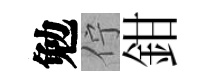
勉佇鉗